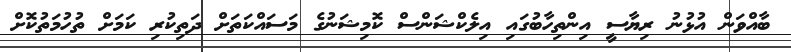
ބާއްވަން އުޅުނު ރިޔާސީ އިންތިހާބުގައި އިލެކްޝަންސް ކޮމިޝަނުގެ މަސައްކަތަށް ދަތިކުރި ކަމަށް ތުހުމަތުކޮށް